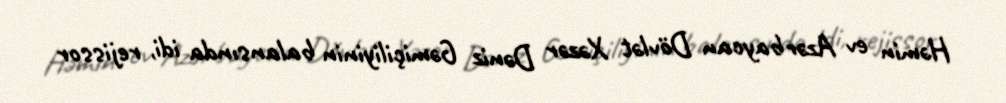
Həmin ev Azərbaycan Dövlət Xəzər Dəniz Gəmiçiliyinin balansında idi, rejissor